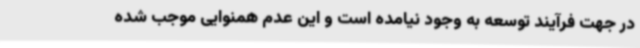
در جهت فرآیند توسعه به وجود نیامده است و این عدم همنوایی موجب شده